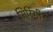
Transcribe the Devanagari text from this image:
मिरिंगी